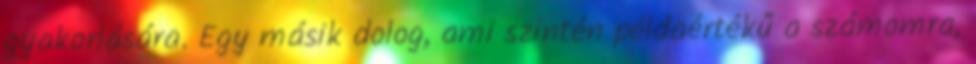
gyakorlására. Egy másik dolog, ami szintén példaértékű a számomra,